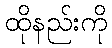
ထိုနည်းကို